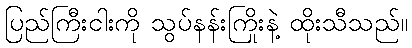
ပြည်ကြီးငါးကို သွပ်နန်းကြိုးနဲ့ ထိုးသီသည်။